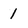
Character: 1